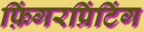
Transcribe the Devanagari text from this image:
फ़िंगरप्रिंटिंग